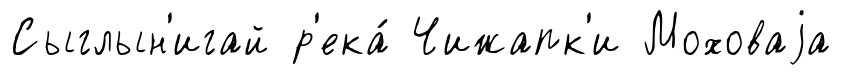
Сыглын'игай р'ека́ Чижапк'и Моховаjа